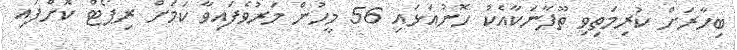
ބިހާރަށް ކުރިމަތިވި ތޫފާނަކާއެކު ހޮނުއަޅައި 56 މީހުން މަރުވެފައިވާ ކަމަށް ރިޕޯޓް ކޮށްފައި